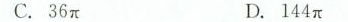
C.36π D.144π